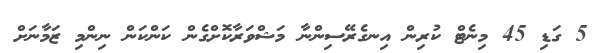
5 ގަޑި 45 މިނެޓް ކުރިން އިނގެރޭސިންނާ މަޝްވަރާކޮށްގެން ކަންކަން ނިންމި ޒަމާނަށް